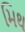
મિથ